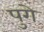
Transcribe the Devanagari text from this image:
पुगे